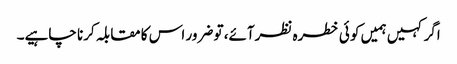
اگر کہیں ہمیں کو ئی خطرہ نظرآئے، تو ضرور اس کا مقابلہ کرنا چاہیے۔